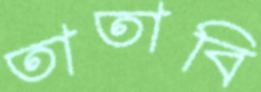
তাতাবি